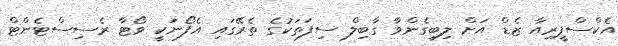
އެކްސްޕީރިއާ ޒެޑް އަށް ލިބިގެންވާ ގާބިލް ސިފަތަކުގެ ތެރޭގައި އެފޯނަކީ ވޯޓާ ރެސިސްޓެންޓް